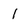
Character: 1